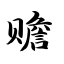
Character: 赡